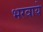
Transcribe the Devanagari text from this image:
भरवाये